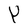
Character: Y